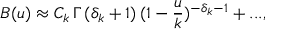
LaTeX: B ( u ) \approx C _ { k } \, \Gamma \, ( \delta _ { k } + 1 ) \, ( 1 - { \frac { u } { k } } ) ^ { - \delta _ { k } - 1 } + . . . ,